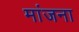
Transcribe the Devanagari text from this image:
मांजना